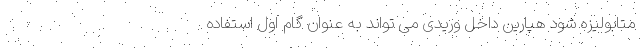
متابولیزه شود هپارین داخل وریدی می تواند به عنوان گام اول استفاده